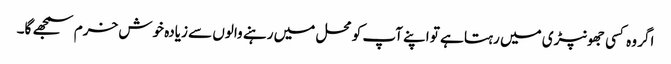
اگر وہ کسی جھونپڑی میں رہتا ہے تو اپنے آپ کو محل میں رہنے والوں سے زیادہ خوش خرم سمجھے گا۔